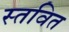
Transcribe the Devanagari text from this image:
स्तवित